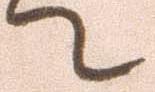
て